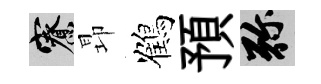
寮昻鶴預弥